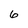
Character: 6